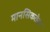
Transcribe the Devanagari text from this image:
मानसिकतेवर